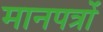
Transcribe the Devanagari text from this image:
मानपत्रों